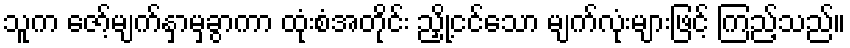
သူက ဇော့်မျက်နှာမှခွာကာ ထုံးစံအတိုင်း ညှို့ငင်သော မျက်လုံးများဖြင့် ကြည့်သည်။